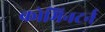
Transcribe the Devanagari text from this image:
कोमिनटर्न